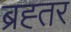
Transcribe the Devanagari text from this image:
ब्रह्तर